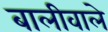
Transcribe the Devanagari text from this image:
बालीवाले